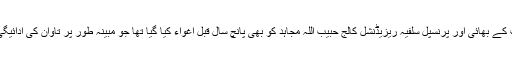
خیال رہے کہ مولانا ابو تراب کے بھائی اور پرنسپل سلفیہ ریزیڈنشل کالج حبیب اللہ مجاہد کو بھی پانچ سال قبل اغواء کیا گیا تھا جو مبینہ طور پر تاوان کی ادائیگی کے بعد بازیاب ہوئے تھے۔